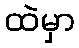
ထဲမှာ